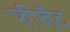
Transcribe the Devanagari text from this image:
फ़ीज़ैंट